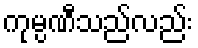
ကုမ္ပဏီသည်လည်း